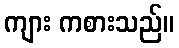
ကျား ကစားသည်။